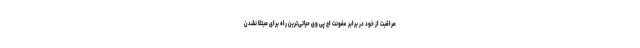
مراقبت از خود در برابر عفونت اچ پی وی حیاتی‌ترین راه برای مبتلا نشدن